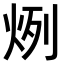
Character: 𤈘